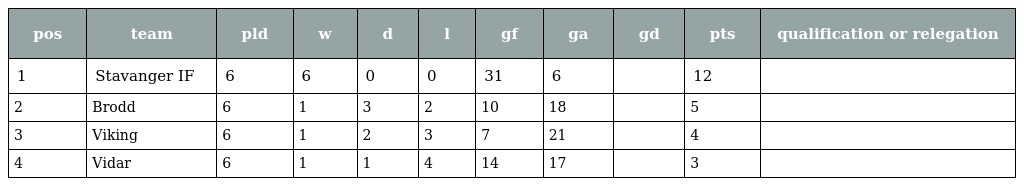
| pos | team | pld | w | d | l | gf | ga | gd | pts | qualification or relegation |
 | --- | --- | --- | --- | --- | --- | --- | --- | --- | --- | --- |
 | 1 | Stavanger IF | 6 | 6 | 0 | 0 | 31 | 6 |  | 12 |  |
 | 2 | Brodd | 6 | 1 | 3 | 2 | 10 | 18 |  | 5 |  |
 | 3 | Viking | 6 | 1 | 2 | 3 | 7 | 21 |  | 4 |  |
 | 4 | Vidar | 6 | 1 | 1 | 4 | 14 | 17 |  | 3 |  |